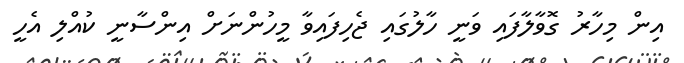
އިން މިހާރު ގޮވާލާފައި ވަނީ ހާލުގައި ޖެހިފައިވާ މީހުންނަށް އިންސާނީ ކުއްލި އެހީ